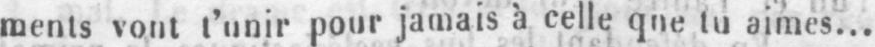
ments vont t’unir pour jamais à celle que tu aimes...